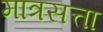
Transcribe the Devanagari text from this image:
मात्रसत्ता